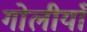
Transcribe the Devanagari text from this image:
गोलीयाँ